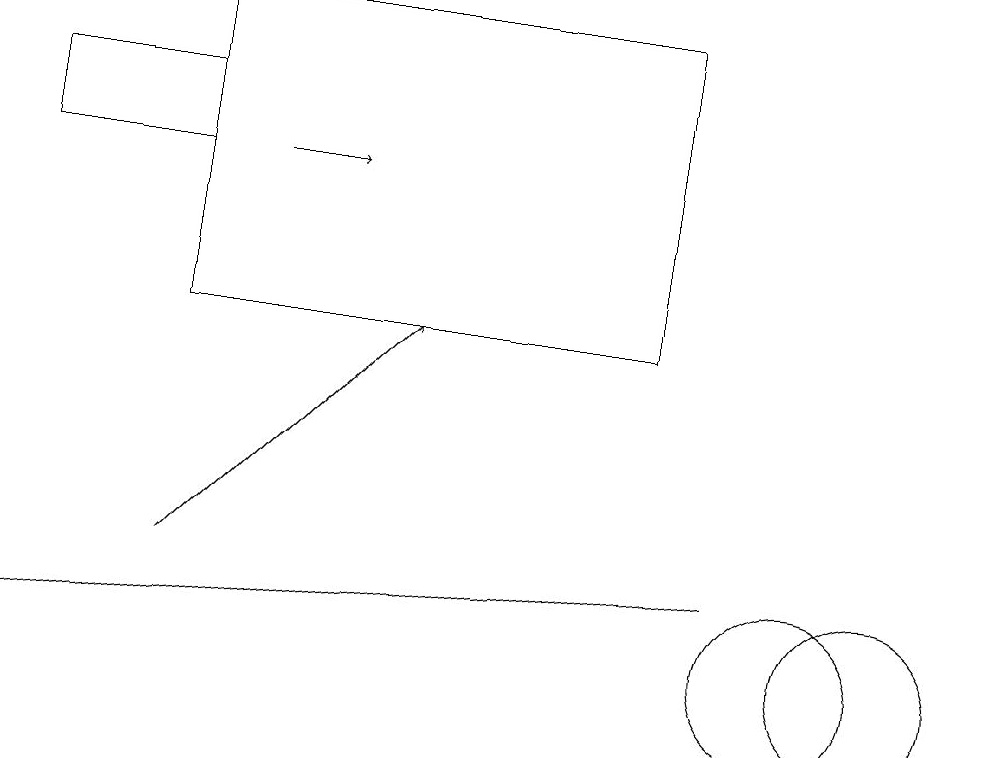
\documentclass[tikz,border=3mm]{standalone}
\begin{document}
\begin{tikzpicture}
\draw[->] (3,16) -- (4,16);
\draw[->] (2,11) -- (5,14);
\draw (2,17) rectangle (0,16);
\draw[->] (9,11) -- (0,10);
\draw (10,10) circle (1);
\draw (2,18) rectangle (8,14);
\draw (11,10) circle (1);
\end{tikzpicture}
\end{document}